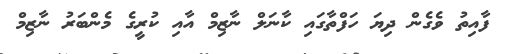
ފާއިތު ވެގެން ދިޔަ ހަފްތާގައި ކާނަލް ނާޒިމް އާއި ކުރީގެ މެންބަރު ނާޒިމް